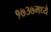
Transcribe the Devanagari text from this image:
१७३७मध्ये